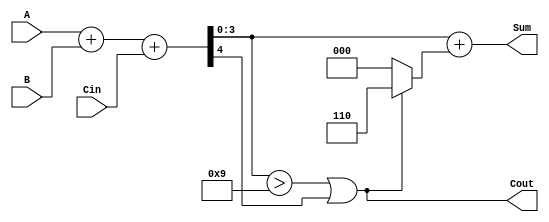
module BCD_Fast_Adder (
    input  wire [3:0] A,      // First BCD digit
    input  wire [3:0] B,      // Second BCD digit
    input  wire Cin,          // Carry input
    output wire [3:0] Sum,    // BCD sum output
    output wire Cout          // Carry output
);

    wire [4:0] S;             // 5-bit sum to accommodate carry
    wire correction;          // Correction flag

    // Step 1: Perform binary addition
    assign S = A + B + Cin;

    // Step 2: Determine if correction is needed
    assign correction = (S[3:0] > 4'd9) || S[4];

    // Step 3: Calculate the corrected sum
    assign Sum = S[3:0] + (correction ? 4'd6 : 4'd0);

    // Step 4: Determine carry out
    assign Cout = correction;

endmodule